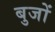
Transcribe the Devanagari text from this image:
बुजों